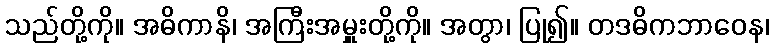
သည်တို့ကို။ အဓိကာနိ၊ အကြီးအမှူးတို့ကို။ အတွာ၊ ပြု၍။ တဒဓိကဘာဝေန၊